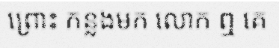
ព្រោះ កន្លងមក លោក ឮ គេ